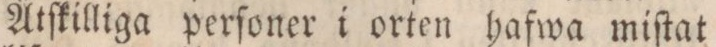
Åtſkilliga perſoner i orten hafwa miſtat